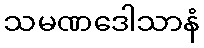
သမဏဒေါသာနံ